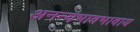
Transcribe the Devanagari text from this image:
अनन्यभावभावाय